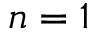
n = 1